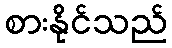
စားနိုင်သည်